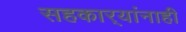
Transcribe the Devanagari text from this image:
सहकार्‍यांनाही